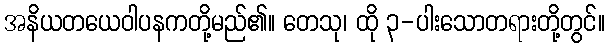
အနိယတယေဝါပနကတို့မည်၏။ တေသု၊ ထို ၃-ပါးသောတရားတို့တွင်။